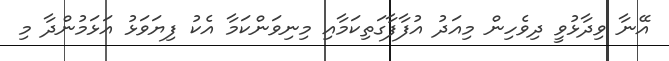
އޭނާ ވިދާޅުވީ ދިވެހިން މިއަދު އުފާފާގަތިކަމާއި މިނިވަންކަމާ އެކު ފިޔަވަޅު އަޅަމުންދާ މި